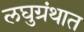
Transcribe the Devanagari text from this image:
लघुग्रंथात